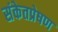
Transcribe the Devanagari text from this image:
संकेतप्रेषण